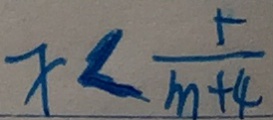
x < \frac { 5 } { m + 4 }